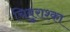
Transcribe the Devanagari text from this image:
चिबुराश्का